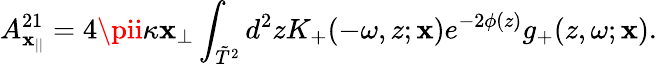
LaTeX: A_{\mathbf{x}_{||}}^{21}=4\pii\kappa\mathbf{x}_{\perp}\int_{\tilde{{T}}^{2}}d^{2}zK_{+}(-\omega,z;\mathbf{x})e^{-2\phi(z)}g_{+}(z,\omega;\mathbf{x}).